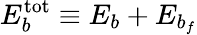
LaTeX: E_{b}^{\mathrm{{tot}}}\equiv E_{b}+E_{b_{f}}